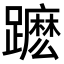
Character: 𨆽